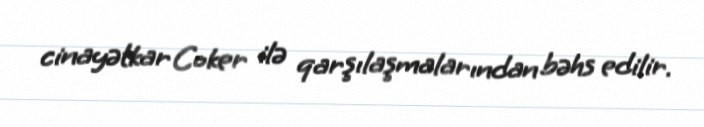
cinayətkar Coker ilə qarşılaşmalarından bəhs edilir.